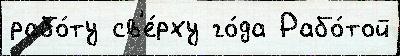
рабо́ту св'е́рху го́да Рабо́той